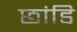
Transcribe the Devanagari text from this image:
छांडि